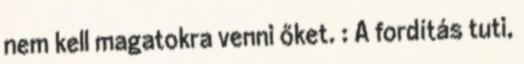
nem kell magatokra venni őket. : A fordítás tuti,